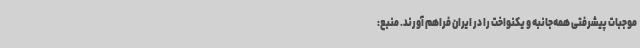
موجبات پیشرفتی همه‌جانبه و یکنواخت را در ایران فراهم آورند. منبع: